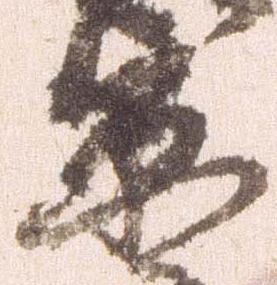
京